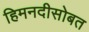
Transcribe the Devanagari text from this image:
हिमनदीसोबत